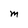
Character: M